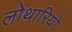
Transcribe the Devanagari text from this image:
लोथारियो